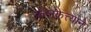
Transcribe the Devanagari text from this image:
कलकत्त्याने